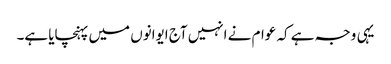
یہی وجہ ہے کہ عوام نے انہیں آج ایوانوں میں پہنچایا ہے۔